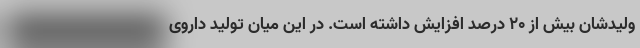
ولیدشان بیش از ۲۰ درصد افزایش داشته است. در این میان تولید داروی